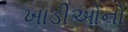
ખાડીઓનો